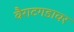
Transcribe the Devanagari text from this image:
वैराटगडावर